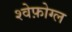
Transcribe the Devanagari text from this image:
श्वेफ़ोग्ल